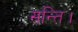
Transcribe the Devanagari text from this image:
सन्ति।